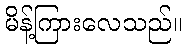
မိန့်ကြားလေသည်။